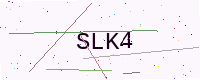
Text: SLK4